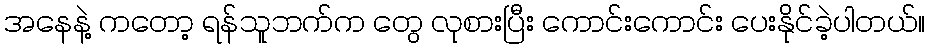
အနေနဲ့ ကတော့ ရန်သူဘက်က တွေ လုစားပြီး ကောင်းကောင်း ပေးနိုင်ခဲ့ပါတယ်။